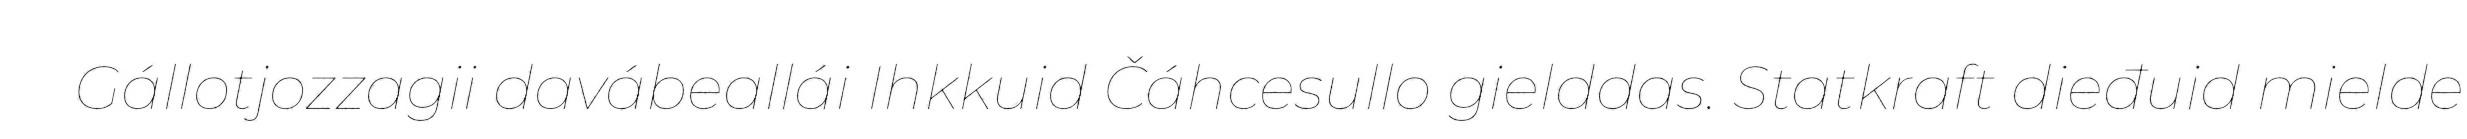
Gállotjozzagii davábeallái Ihkkuid Čáhcesullo gielddas. Statkraft dieđuid mielde